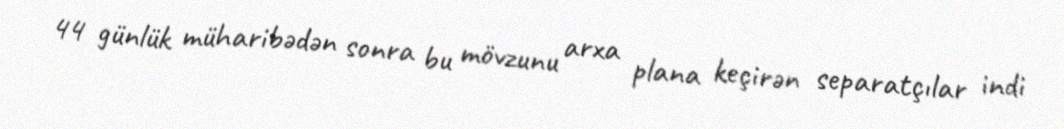
44 günlük müharibədən sonra bu mövzunu arxa plana keçirən separatçılar indi